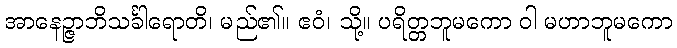
အာနေဉ္ဇာဘိသင်္ခါရောတိ၊ မည်၏။ ဧဝံ၊ သို့။ ပရိတ္တဘူမကော ဝါ မဟာဘူမကော